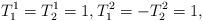
LaTeX: \begin{align*}T^1_1 = T_2^1 = 1, T^2_1 = -T_2^2=1, \end{align*}